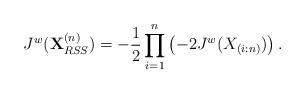
LaTeX: \begin{align*}J^{w}(\textbf{X}_{RSS}^{(n)})=-\frac{1}{2}\prod_{i=1}^{n}\left(-2J^{w}(X_{(i:n)})\right).\end{align*}